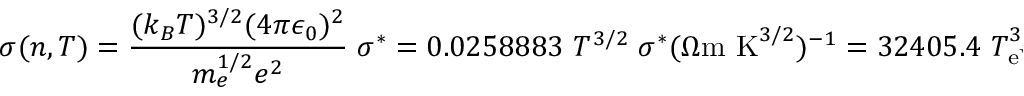
\sigma ( n , T ) = \frac { ( k _ { B } T ) ^ { 3 / 2 } ( 4 \pi \epsilon _ { 0 } ) ^ { 2 } } { m _ { e } ^ { 1 / 2 } e ^ { 2 } } \; \sigma ^ { * } = 0 . 0 2 5 8 8 8 3 \, \, T ^ { 3 / 2 } \; \sigma ^ { * } ( \Omega \mathrm { m \, \, K } ^ { 3 / 2 } ) ^ { - 1 } = 3 2 4 0 5 . 4 \, \, T _ { \mathrm { e V } } ^ { 3 / 2 } \; \sigma ^ { * } ( \Omega \mathrm { m } ) ^ { - 1 } \, .